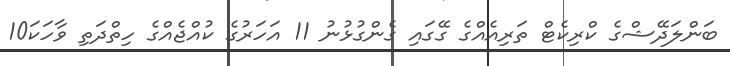
ބަންލަދޭޝްގެ ކްރިކެޓް ތަރިއެއްގެ ގޭގައި ގެންގުޅުނު 11 އަހަރުގެ ކުއްޖެއްގެ ހިތްދަތި ވާހަކަ10